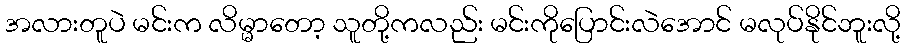
အလားတူပဲ မင်းက လိမ္မာတော့ သူတို့ကလည်း မင်းကိုပြောင်းလဲအောင် မလုပ်နိုင်ဘူးလို့